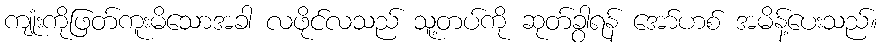
ကျုံးကိုဖြတ်ကူးမိသောအခါ လဖိုင်လသည် သူ့တပ်ကို ဆုတ်ခွာရန် အော်ဟစ် အမိန့်ပေးသည်။